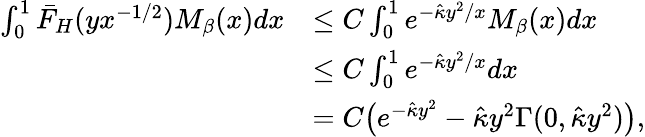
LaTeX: \begin{array}{rl}{\int_{0}^{1}\bar{F}_{H}(yx^{-1/2})M_{\beta}(x)dx}&{\leq C\int_{0}^{1}e^{-\hat{\kappa}y^{2}/x}M_{\beta}(x)dx}\\ &{\leq C\int_{0}^{1}e^{-\hat{\kappa}y^{2}/x}dx}\\ &{=C\big(e^{-\hat{\kappa}y^{2}}-\hat{\kappa}y^{2}\Gamma(0,\hat{\kappa}y^{2})\big),}\end{array}